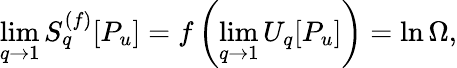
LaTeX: \operatorname*{lim}_{q\to 1}S_{q}^{(f)}[P_{u}]=f\left(\operatorname*{lim}_{q\to 1}U_{q}[P_{u}]\right)=\ln\Omega,